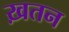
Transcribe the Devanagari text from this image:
ख़तन